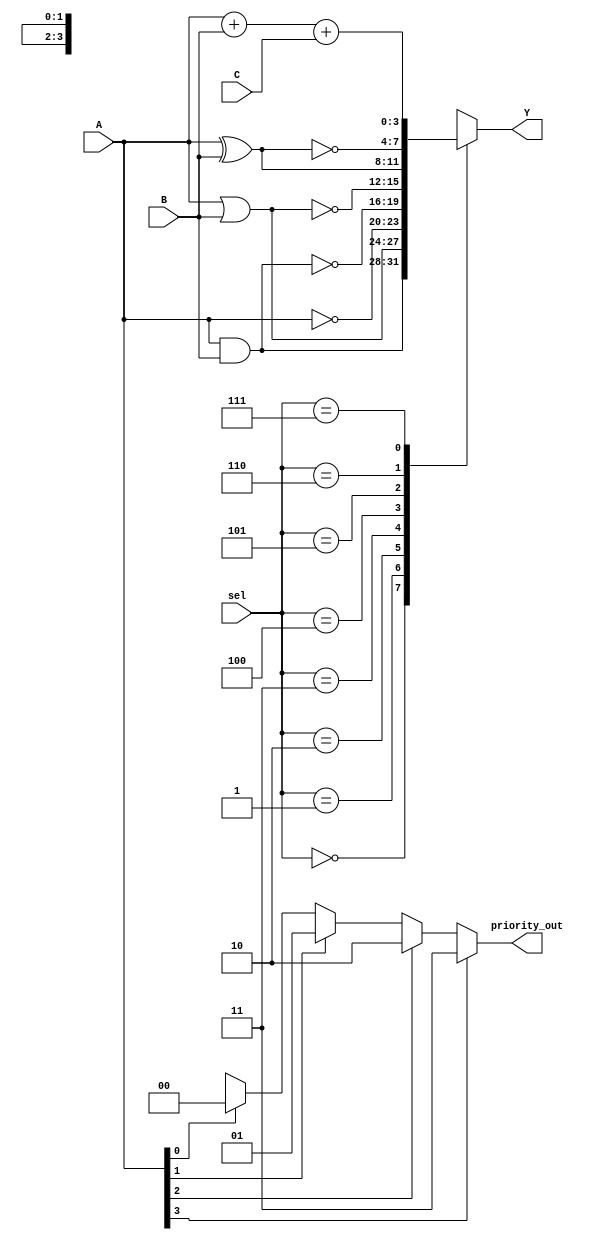
module combinational_logic_block (
    input wire [3:0] A,          // 4-bit input A
    input wire [3:0] B,          // 4-bit input B
    input wire [3:0] C,          // 4-bit input C
    input wire [2:0] sel,        // Selection lines for logic operation
    output reg [3:0] Y,          // 4-bit output Y
    output reg [1:0] priority_out // Priority encoder output
);

// Logic Operations
always @(*) begin
    case (sel)
        3'b000: Y = A & B;         // AND
        3'b001: Y = A | B;         // OR
        3'b010: Y = ~A;            // NOT A
        3'b011: Y = ~(A & B);      // NAND
        3'b100: Y = ~(A | B);      // NOR
        3'b101: Y = A ^ B;         // XOR
        3'b110: Y = ~(A ^ B);      // XNOR
        3'b111: Y = A + B + C;     // Custom operation (A + B + C)
        default: Y = 4'b0000;      // Default case
    endcase
end

// Priority Encoder
always @(*) begin
    if (A[3]) priority_out = 2'b11; // Highest priority
    else if (A[2]) priority_out = 2'b10;
    else if (A[1]) priority_out = 2'b01;
    else if (A[0]) priority_out = 2'b00;
    else priority_out = 2'bxx; // No active input
end

endmodule